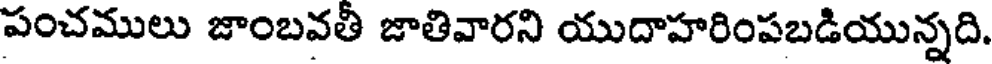
పంచములు జాంబవతీ జాతివారని యుదాహరింపబడియున్నది.